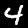
Label: 4